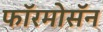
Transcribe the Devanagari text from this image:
फॉरमोसॅन